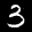
Label: 3